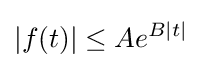
|f(t)|\leq Ae^{B|t|}